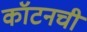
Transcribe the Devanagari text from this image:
कॉटनची